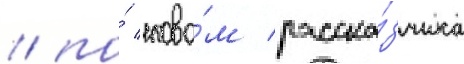
/ по́ слова́м расска́зчика